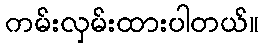
ကမ်းလှမ်းထားပါတယ်။